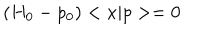
\left( H _ { 0 } - p _ { 0 } \right) < x | p > = 0